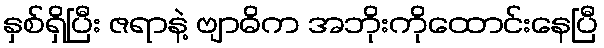
နှစ်ရှိပြီး ဇရာနဲ့ ဗျာဓိက အဘိုးကိုထောင်းနေပြီ